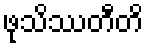
ဖုသိဿတီတိ